Annual administration report of the Civil Veterinary Department, Ajmere-Merwara, British Rajputana - 1914-1940
Year: 1914
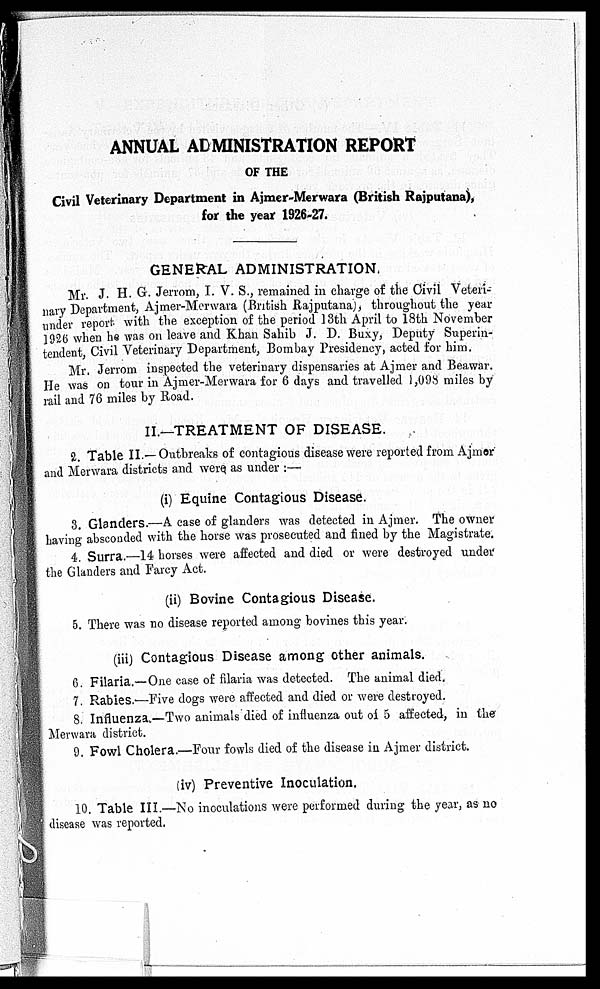
ANNUAL ADMINISTRATION REPORT
OF THE
Civil Veterinary Department in Ajmer-Merwara (British Rajputana),
for the year 1926-27.
GENERAL ADMINISTRATION.
Mr. J. H. G. Jerrom, I. V. S., remained in charge of the Civil Veteri-
nary Department, Ajmer-Merwara (British Rajputana), throughout the year
under report with the exception of the period 13th April to 18th November
1926 when he was on leave and Khan Sahib J. D. Buxy, Deputy Superin-
tendent, Civil Veterinary Department, Bombay Presidency, acted for him.
Mr. Jerrom inspected the veterinary dispensaries at Ajmer and Beawar.
He was on tour in Ajmer-Merwara for 6 days and travelled 1,098 miles by
rail and 76 miles by Road.
II.—TREATMENT OF DISEASE.
2. Table II.—Outbreaks of contagious disease were reported from Ajmer
and Merwara districts and were as under :—
(i) Equine Contagious Disease.
3. Glanders.—A case of glanders was detected in Ajmer. The owner
having absconded with the horse was prosecuted and fined by the Magistrate.
4. Surra.—14 horses were affected and died or were destroyed under
the Glanders and Farcy Act.
(ii) Bovine Contagious Disease.
5. There was no disease reported among bovines this year.
(iii) Contagious Disease among other animals.
6. Filaria.—One case of filaria was detected. The animal died.
7. Rabies.-—Five dogs were affected and died or were destroyed.
8. Influenza.—Two animals died of influenza out of 5 affected, in the
Merwara district.
9. Fowl Cholera.—Four fowls died of the disease in Ajmer district.
(iv) Preventive Inoculation.
10. Table III.—No inoculations were performed during the year, as no
disease was reported.